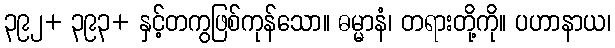
၃၉၂+ ၃၉၃+ နှင့်တကွဖြစ်ကုန်သော။ ဓမ္မာနံ၊ တရားတို့ကို။ ပဟာနာယ၊